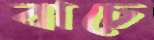
বাচে